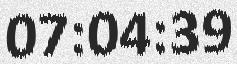
07:04:39